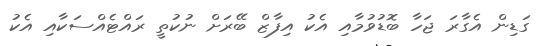
ގަޑިން އެގާރަ ޖަހާ ބޮޑުވުމާއި އެކު އިފާޒް ބޭރަށް ނުކުތީ ރައްޓެއްސަކާއި އެކު